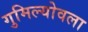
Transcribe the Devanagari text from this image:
गुमिल्योवला